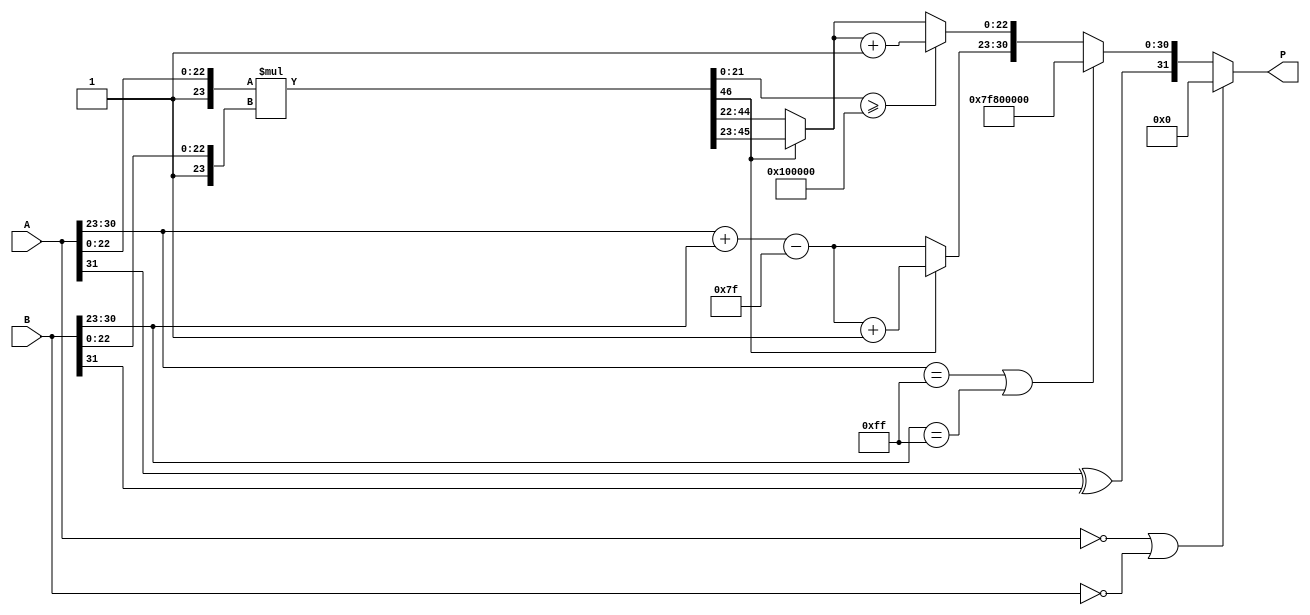
module floating_point_multiplier (
    input wire [31:0] A, // First operand (IEEE 754 format)
    input wire [31:0] B, // Second operand (IEEE 754 format)
    output reg [31:0] P  // Product (IEEE 754 format)
);

    // Constants for IEEE 754 single precision
    localparam EXPONENT_BIAS = 127;
    localparam EXPONENT_WIDTH = 8;
    localparam MANTISSA_WIDTH = 23;

    wire signA = A[31]; // Sign bit of A
    wire signB = B[31]; // Sign bit of B
    wire [EXPONENT_WIDTH-1:0] expA = A[30:23]; // Exponent of A
    wire [EXPONENT_WIDTH-1:0] expB = B[30:23]; // Exponent of B
    wire [MANTISSA_WIDTH-1:0] mantA = A[22:0]; // Mantissa of A
    wire [MANTISSA_WIDTH-1:0] mantB = B[22:0]; // Mantissa of B

    wire [7:0] expResult;
    wire [46:0] mantResult; // 23 + 23 bits for mantissa multiplication

    // Calculate sign of the product
    wire signP = signA ^ signB;

    // Calculate the biased exponent of the result
    assign expResult = expA + expB - EXPONENT_BIAS; // sum of exponents - bias

    // Mantissa multiplication
    assign mantResult = {1'b1, mantA} * {1'b1, mantB}; // Add implicit leading 1 for normalization

    // Normalization of mantissa
    reg [MANTISSA_WIDTH-1:0] normalizedMantissa;
    reg [7:0] expMantissa;
    always @(*) begin
        if (mantResult[46]) begin // If the result is greater than 1
            normalizedMantissa = mantResult[45:23]; // Shift right
            expMantissa = expResult + 1; // Increment exponent
        end else begin
            normalizedMantissa = mantResult[44:22]; // Keep mantissa as is
            expMantissa = expResult; // Keep exponent as is
        end
    end

    // Rounding (simple round to nearest)
    reg [MANTISSA_WIDTH-1:0] roundedMantissa;
    always @(*) begin
        if (mantResult[21:0] >= 22'b0100000000000000000000) // Check if rounding needed
            roundedMantissa = normalizedMantissa + 1'b1;
        else
            roundedMantissa = normalizedMantissa;
    end

    // Final output construction
    always @(*) begin
        if (A == 32'b0 || B == 32'b0) begin // Zero multiplication
            P = 32'b0;
        end else if (expA == 8'b11111111 || expB == 8'b11111111) begin // Infinity
            P = {signP, 8'b11111111, 23'b0}; // Result is infinity
        end else begin
            P = {signP, expMantissa, roundedMantissa[MANTISSA_WIDTH-1:0]};
        end
    end

endmodule